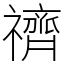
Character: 䄢